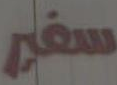
سفير